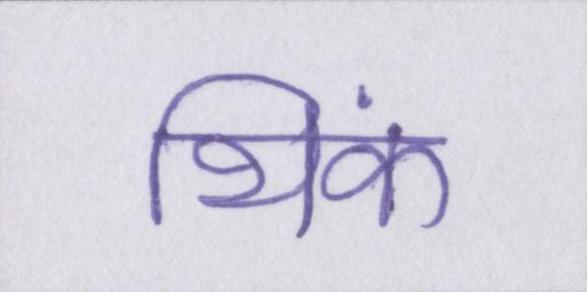
थिंक